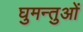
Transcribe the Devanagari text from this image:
घुमन्तुओं